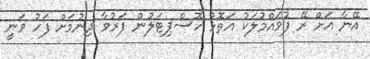
އޭނާ އަށް ރޭ ފުވައްމުލަކު އަތޮޅު ހޮސްޕިޓަލުން ފަރުވާ ދިނުމަށް ފަހު ވަނީ